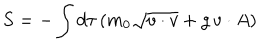
S = - \int d \tau \, ( m _ { 0 } \sqrt { v \cdot v } + g \, v \cdot A )